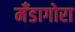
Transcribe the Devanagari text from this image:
मँडागोरा